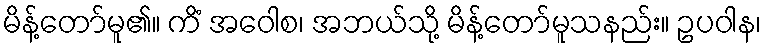
မိန့်တော်မူ၏။ ကိံ အဝေါစ၊ အဘယ်သို့ မိန့်တော်မူသနည်း။ ဥပဝါန၊